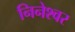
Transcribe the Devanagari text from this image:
निनेश्वर